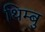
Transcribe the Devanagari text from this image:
थिम्बु